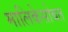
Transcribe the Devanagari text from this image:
मालिकेसोबत